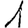
Digit: 1